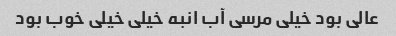
عالی بود خیلی مرسی آب انبه خیلی خیلی خوب بود